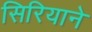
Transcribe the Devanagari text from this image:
सिरियाने